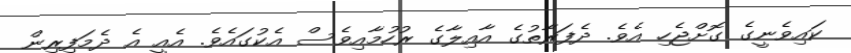
ކައިވެނީގެ ގޮށްޖެހި އެވެ. ދެފަރާތުގެ އާއިލާގެ ރުހުމާއިވެސް އެކުގައެވެ. އެއީ އެ ދެމަފިރިން